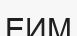
ЕИМ